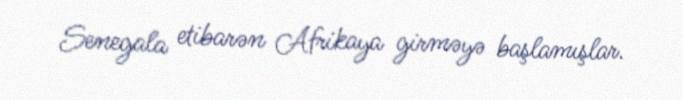
Senegala etibarən Afrikaya girməyə başlamışlar.